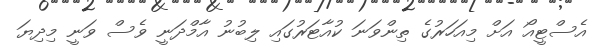
އެސްޓީއޯ އަށް މިއަހަރުގެ ތިންވަނަ ކުއާޓަރުގައި ލިބުނު އާމްދަނީ ވެސް ވަނީ މިދިޔަ